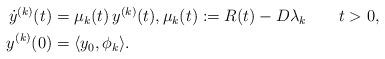
LaTeX: \begin{align*}\begin{aligned}\dot{y}^{(k)}(t) &= \mu_{k}(t)\,y^{(k)}(t), \mu_{k}(t):=R(t)-D\lambda_k\qquad t>0,\\y^{(k)}(0) &= \langle y_0 , \phi_k \rangle.\end{aligned}\end{align*}